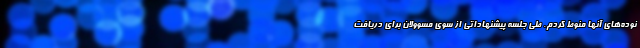
نوده‌های آنها منوط کردم. طی جلسه پیشنهاداتی از سوی مسوولان برای دریافت